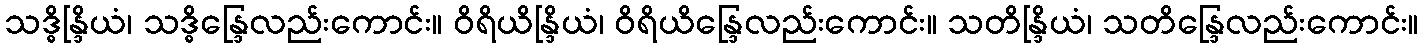
သဒ္ဓိန္ဒြိယံ၊ သဒ္ဓိန္ဒြေလည်းကောင်း။ ဝိရိယိန္ဒြိယံ၊ ဝိရိယိန္ဒြေလည်းကောင်း။ သတိန္ဒြိယံ၊ သတိန္ဒြေလည်းကောင်း။